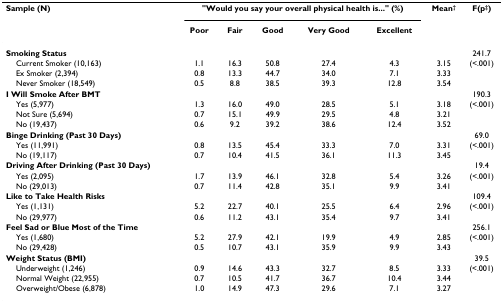
<table><thead><tr><td><b>Sample (N)</b></td><td colspan="5"><b>&quot;Would you say your overall physical health is...&quot; (%)</b></td><td><b>Mean<sup>†</sup></b></td><td><b>F(p<sup>‡</sup>)</b></td></tr><tr><td></td><td><b>Poor</b></td><td><b>Fair</b></td><td><b>Good</b></td><td><b>Very Good</b></td><td><b>Excellent</b></td><td></td><td></td></tr></thead><tbody><tr><td><b>Smoking Status</b></td><td></td><td></td><td></td><td></td><td></td><td></td><td>241.7</td></tr><tr><td> Current Smoker (10,163)</td><td>1.1</td><td>16.3</td><td>50.8</td><td>27.4</td><td>4.3</td><td>3.15</td><td>(&lt;.001)</td></tr><tr><td> Ex Smoker (2,394)</td><td>0.8</td><td>13.3</td><td>44.7</td><td>34.0</td><td>7.1</td><td>3.33</td><td></td></tr><tr><td> Never Smoker (18,549)</td><td>0.5</td><td>8.8</td><td>38.5</td><td>39.3</td><td>12.8</td><td>3.54</td><td></td></tr><tr><td><b>I Will Smoke After BMT</b></td><td></td><td></td><td></td><td></td><td></td><td></td><td>190.3</td></tr><tr><td> Yes (5,977)</td><td>1.3</td><td>16.0</td><td>49.0</td><td>28.5</td><td>5.1</td><td>3.18</td><td>(&lt;.001)</td></tr><tr><td> Not Sure (5,694)</td><td>0.7</td><td>15.1</td><td>49.9</td><td>29.5</td><td>4.8</td><td>3.21</td><td></td></tr><tr><td> No (19,437)</td><td>0.6</td><td>9.2</td><td>39.2</td><td>38.6</td><td>12.4</td><td>3.52</td><td></td></tr><tr><td><b>Binge Drinking (Past 30 Days)</b></td><td></td><td></td><td></td><td></td><td></td><td></td><td>69.0</td></tr><tr><td> Yes (11,991)</td><td>0.8</td><td>13.5</td><td>45.4</td><td>33.3</td><td>7.0</td><td>3.31</td><td>(&lt;.001)</td></tr><tr><td> No (19,117)</td><td>0.7</td><td>10.4</td><td>41.5</td><td>36.1</td><td>11.3</td><td>3.45</td><td></td></tr><tr><td><b>Driving After Drinking (Past 30 Days)</b></td><td></td><td></td><td></td><td></td><td></td><td></td><td>19.4</td></tr><tr><td> Yes (2,095)</td><td>1.7</td><td>13.9</td><td>46.1</td><td>32.8</td><td>5.4</td><td>3.26</td><td>(&lt;.001)</td></tr><tr><td> No (29,013)</td><td>0.7</td><td>11.4</td><td>42.8</td><td>35.1</td><td>9.9</td><td>3.41</td><td></td></tr><tr><td><b>Like to Take Health Risks</b></td><td></td><td></td><td></td><td></td><td></td><td></td><td>109.4</td></tr><tr><td> Yes (1,131)</td><td>5.2</td><td>22.7</td><td>40.1</td><td>25.5</td><td>6.4</td><td>2.96</td><td>(&lt;.001)</td></tr><tr><td> No (29,977)</td><td>0.6</td><td>11.2</td><td>43.1</td><td>35.4</td><td>9.7</td><td>3.41</td><td></td></tr><tr><td><b>Feel Sad or Blue Most of the Time</b></td><td></td><td></td><td></td><td></td><td></td><td></td><td>256.1</td></tr><tr><td> Yes (1,680)</td><td>5.2</td><td>27.9</td><td>42.1</td><td>19.9</td><td>4.9</td><td>2.85</td><td>(&lt;.001)</td></tr><tr><td> No (29,428)</td><td>0.5</td><td>10.7</td><td>43.1</td><td>35.9</td><td>9.9</td><td>3.43</td><td></td></tr><tr><td><b>Weight Status (BMI)</b></td><td></td><td></td><td></td><td></td><td></td><td></td><td>39.5</td></tr><tr><td> Underweight (1,246)</td><td>0.9</td><td>14.6</td><td>43.3</td><td>32.7</td><td>8.5</td><td>3.33</td><td>(&lt;.001)</td></tr><tr><td> Normal Weight (22,955)</td><td>0.7</td><td>10.5</td><td>41.7</td><td>36.7</td><td>10.4</td><td>3.44</td><td></td></tr><tr><td> Overweight/Obese (6,878)</td><td>1.0</td><td>14.9</td><td>47.3</td><td>29.6</td><td>7.1</td><td>3.27</td><td></td></tr></tbody></table>